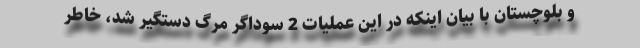
و بلوچستان با بیان اینکه در این عملیات 2 سوداگر مرگ دستگیر شد، خاطر